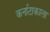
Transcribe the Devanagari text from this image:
कर्नाटाकाला